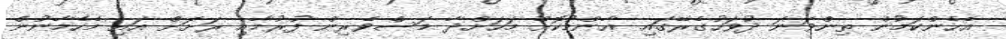
އެހެންކަމުން ތިންވަނަ ދުވަހުގެރޭގައި ޢާންމުކޮށް މަހަށްދާ މަސްވެރިން ފުރުމާއި ރަށަށް އައި މެހެމާނުން